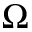
\Omega